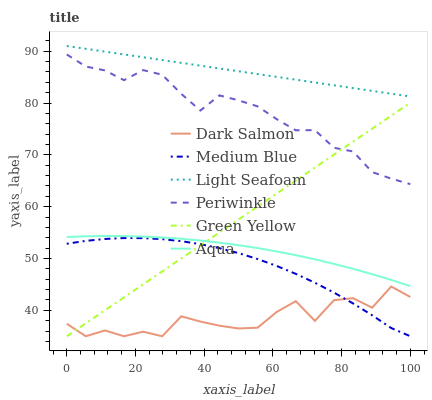
| xaxis_label | Dark Salmon | Medium Blue | Light Seafoam | Periwinkle | Green Yellow | Aqua |
 | --- | --- | --- | --- | --- | --- | --- |
 | 0 | 37.4 | 52.8 | 91 | 89.4 | 35 | 54.1 |
 | 5.56 | 35 | 53.4 | 90.5 | 87 | 37.5 | 54.3 |
 | 11.1 | 36.1 | 53.8 | 89.9 | 86.3 | 40 | 54.3 |
 | 16.7 | 35 | 53.9 | 89.4 | 84.4 | 42.5 | 54.3 |
 | 22.2 | 35.9 | 53.9 | 88.8 | 86.4 | 45 | 54.2 |
 | 27.8 | 35 | 53.7 | 88.3 | 85.5 | 47.5 | 54.1 |
 | 33.3 | 38.9 | 53.3 | 87.8 | 81.8 | 50 | 53.8 |
 | 38.9 | 37.8 | 52.8 | 87.2 | 78.6 | 52.5 | 53.5 |
 | 44.4 | 37 | 52 | 86.7 | 81.5 | 55 | 53.1 |
 | 50 | 36.5 | 51 | 86.1 | 80.5 | 57.5 | 52.6 |
 | 55.6 | 36.7 | 49.9 | 85.6 | 79.4 | 60 | 52 |
 | 61.1 | 39.7 | 48.6 | 85 | 76.9 | 62.5 | 51.4 |
 | 66.7 | 41.8 | 47 | 84.5 | 74.7 | 65 | 50.6 |
 | 72.2 | 38 | 45.3 | 84 | 74.8 | 67.5 | 49.8 |
 | 77.8 | 42 | 43.4 | 83.4 | 71.4 | 70 | 49 |
 | 83.3 | 42.4 | 41.3 | 82.9 | 70.7 | 72.5 | 48 |
 | 88.9 | 40.5 | 39.1 | 82.3 | 66.7 | 75 | 47 |
 | 94.4 | 44.6 | 36.6 | 81.8 | 65.4 | 77.5 | 45.9 |
 | 100 | 42.6 | 35 | 81.3 | 64.3 | 80.1 | 44.7 |